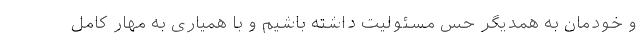
و خودمان به همدیگر حس مسئولیت داشته باشیم و با همیاری به مهار کامل